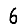
Digit: 6